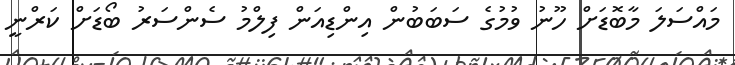
މައްސަލަ މާބޮޑަށް ހޫނު ވުމުގެ ސަބަބުން އިންޑިއަން ފިލްމު ސެންސަރު ބޯޑަށް ކަރްނީ